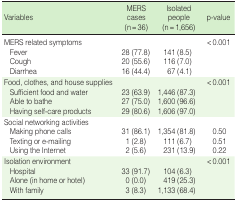
| Variables | MERS cases (n = 36) | Isolated people (n = 1,656) | p-value |
 | --- | --- | --- | --- |
 | MERS related symptoms |  |  | < 0.001 |
 | Fever | 28 (77.8) | 141 (8.5) |  |
 | Cough | 20 (55.6) | 116 (7.0) |  |
 | Diarrhea | 16 (44.4) | 67 (4.1) |  |
 | Food, clothes, and house supplies |  |  | < 0.001 |
 | Sufficient food and water | 23 (63.9) | 1,446 (87.3) |  |
 | Able to bathe | 27 (75.0) | 1,600 (96.6) |  |
 | Having self-care products | 29 (80.6) | 1,606 (97.0) |  |
 | Social networking activities |  |  |  |
 | Making phone calls | 31 (86.1) | 1,354 (81.8) | 0.50 |
 | Texting or e-mailing | 1 (2.8) | 111 (6.7) | 0.51 |
 | Using the Internet | 2 (5.6) | 231 (13.9) | 0.22 |
 | Isolation environment |  |  | < 0.001 |
 | Hospital | 33 (91.7) | 104 (6.3) |  |
 | Alone (in home or hotel) | 0 (0.0) | 419 (25.3) |  |
 | With family | 3 (8.3) | 1,133 (68.4) |  |